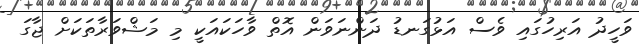
ވަހީދު އަރިހުގައި ވެސް އަޅުގަނޑު ދަންނަވަން އޮތް ވާހަކައަކީ މި މަޝްވަރާތަކަށް ޖާގަ